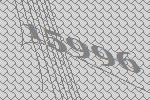
15996